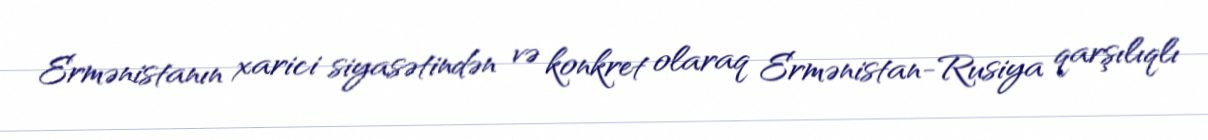
Ermənistanın xarici siyasətindən və konkret olaraq Ermənistan-Rusiya qarşılıqlı